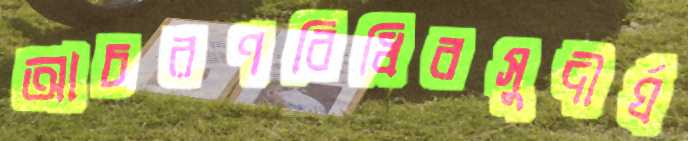
আচরণবিধিরসুদীর্ঘ